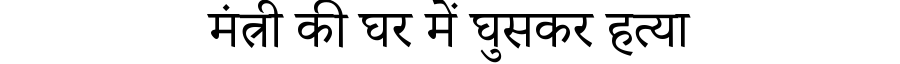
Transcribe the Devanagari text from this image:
मंत्री की घर में घुसकर हत्या